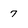
Character: 7